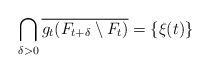
LaTeX: \begin{align*} \bigcap_{\delta>0}\overline{g_t(F_{t+\delta} \setminus F_t)} = \{\xi(t)\}\end{align*}